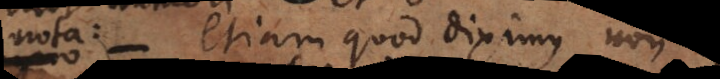
− etiam quod diximus non